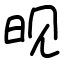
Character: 𬀪